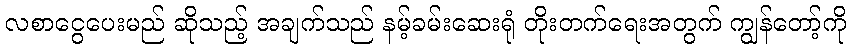
လစာငွေပေးမည် ဆိုသည့် အချက်သည် နမ့်ခမ်းဆေးရုံ တိုးတက်ရေးအတွက် ကျွန်တော့်ကို